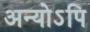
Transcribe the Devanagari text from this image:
अन्योऽपि